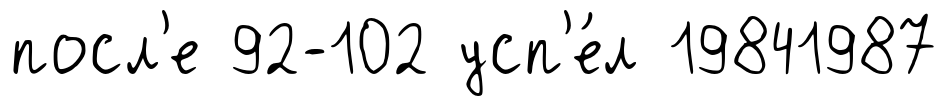
посл'е 92-102 усп'е́л 19841987